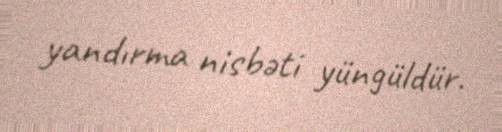
yandırma nisbəti yüngüldür.